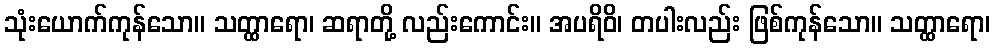
သုံးယောက်ကုန်သော။ သတ္ထာရော၊ ဆရာတို့ လည်းကောင်း။ အပရိဝိ၊ တပါးလည်း ဖြစ်ကုန်သော။ သတ္ထာရော၊